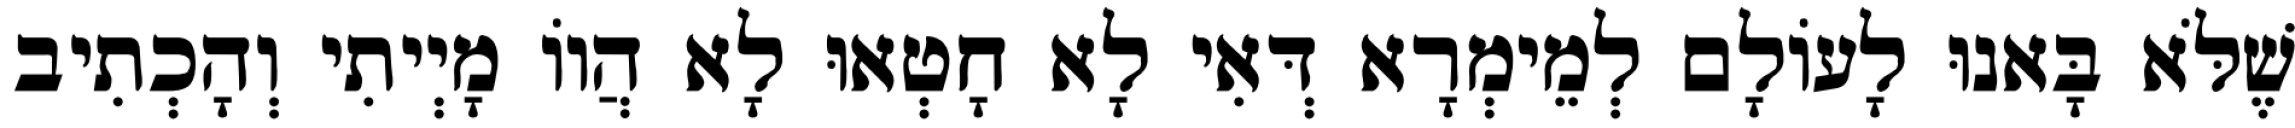
שֶׁלֹּא בָּאנוּ לָעוֹלָם לְמֵימְרָא דְּאִי לָא חָטְאוּ לָא הֲווֹ מָיְיתִי וְהָכְתִיב